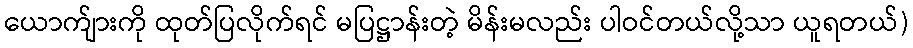
ယောက်ျားကို ထုတ်ပြလိုက်ရင် မပြဋ္ဌာန်းတဲ့ မိန်းမလည်း ပါဝင်တယ်လို့သာ ယူရတယ်)